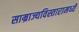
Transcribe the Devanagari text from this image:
साम्राज्यविस्तारामध्ये